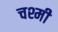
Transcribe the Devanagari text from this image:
चश्मी